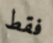
فقط